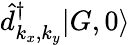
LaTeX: \hat{d}_{k_{x},k_{y}}^{\dagger}|G,0\rangle